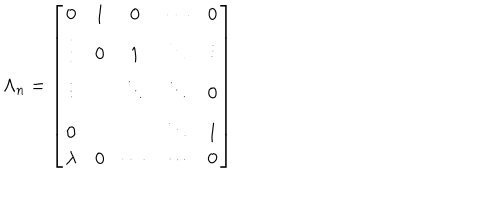
\Lambda _ { n } = \left[ \begin{matrix} { { 0 } } & { { 1 } } & { { 0 } } & { { \cdots } } & { { 0 } } \\ { { \vdots } } & { { 0 } } & { { 1 } } & { { \ddots } } & { { \vdots } } \\ { { \vdots } } & { { { } } } & { { \ddots } } & { { \ddots } } & { { 0 } } \\ { { 0 } } & { { { } } } & { { { } } } & { { \ddots } } & { { 1 } } \\ { { \lambda } } & { { 0 } } & { { \cdots } } & { { \cdots } } & { { 0 } } \\ \end{matrix} \right]